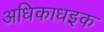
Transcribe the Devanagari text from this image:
अधिकाधइक